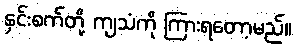
နှင်းစက်တို့ ကျသံကို ကြားရတော့မည်။